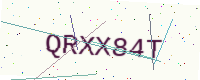
Text: QRXX84T